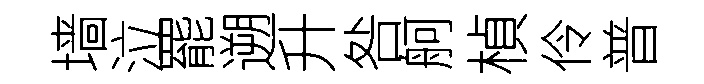
墙泣罷遡升咎舸楨伶普